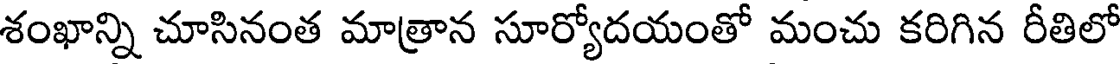
శంఖాన్ని చూసినంత మాత్రాన సూర్యోదయంతో మంచు కరిగిన రీతిలో